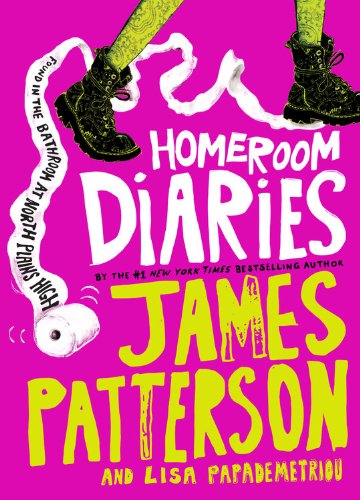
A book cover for Homeroom Diaries; James Patterson; Teen & Young Adult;